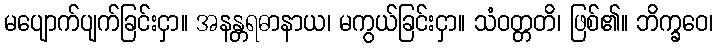
မပျောက်ပျက်ခြင်းငှာ။ အနန္တရဓာနာယ၊ မကွယ်ခြင်းငှာ။ သံဝတ္တတိ၊ ဖြစ်၏။ ဘိက္ခဝေ၊